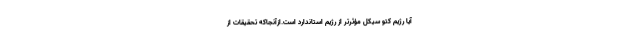
آیا رژیم کتو سیکل مؤثرتر از رژیم استاندارد است.ازآنجاکه تحقیقات از